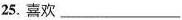
25.喜欢___